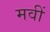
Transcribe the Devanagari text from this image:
मवीं